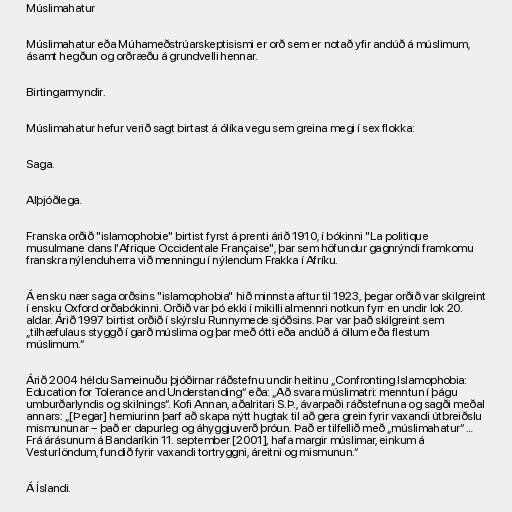
Múslimahatur

Múslimahatur eða Múhameðstrúarskeptisismi er orð sem er notað yfir andúð á múslimum,
ásamt hegðun og orðræðu á grundvelli hennar.

Birtingarmyndir.

Múslimahatur hefur verið sagt birtast á ólíka vegu sem greina megi í sex flokka:

Saga.

Alþjóðlega.

Franska orðið "islamophobie" birtist fyrst á prenti árið 1910, í bókinni "La politique
musulmane dans l'Afrique Occidentale Française", þar sem höfundur gagnrýndi framkomu
franskra nýlenduherra við menningu í nýlendum Frakka í Afríku.

Á ensku nær saga orðsins "islamophobia" hið minnsta aftur til 1923, þegar orðið var skilgreint
í ensku Oxford orðabókinni. Orðið var þó ekki í mikilli almennri notkun fyrr en undir lok 20.
aldar. Árið 1997 birtist orðið í skýrslu Runnymede sjóðsins. Þar var það skilgreint sem
„tilhæfulaus styggð í garð múslima og þar með ótti eða andúð á öllum eða flestum
múslimum.“

Árið 2004 héldu Sameinuðu þjóðirnar ráðstefnu undir heitinu „Confronting Islamophobia:
Education for Tolerance and Understanding“ eða: „Að svara múslimatri: menntun í þágu
umburðarlyndis og skilnings“. Kofi Annan, aðalritari S.Þ., ávarpaði ráðstefnuna og sagði meðal
annars: „[Þegar] hemiurinn þarf að skapa nýtt hugtak til að gera grein fyrir vaxandi útbreiðslu
mismununar – það er dapurleg og áhyggjuverð þróun. Það er tilfellið með „múslimahatur“ …
Frá árásunum á Bandaríkin 11. september [2001], hafa margir múslimar, einkum á
Vesturlöndum, fundið fyrir vaxandi tortryggni, áreitni og mismunun.“

Á Íslandi.